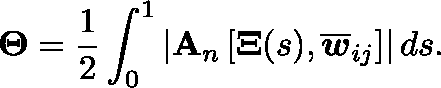
\boldsymbol { \Theta } = \frac { 1 } { 2 } \int _ { 0 } ^ { 1 } \left| \mathbf { A } _ { n } \left[ \mathbf { \Xi } ( s ) , \overline { { \boldsymbol { w } } } _ { i j } \right] \right| d s .